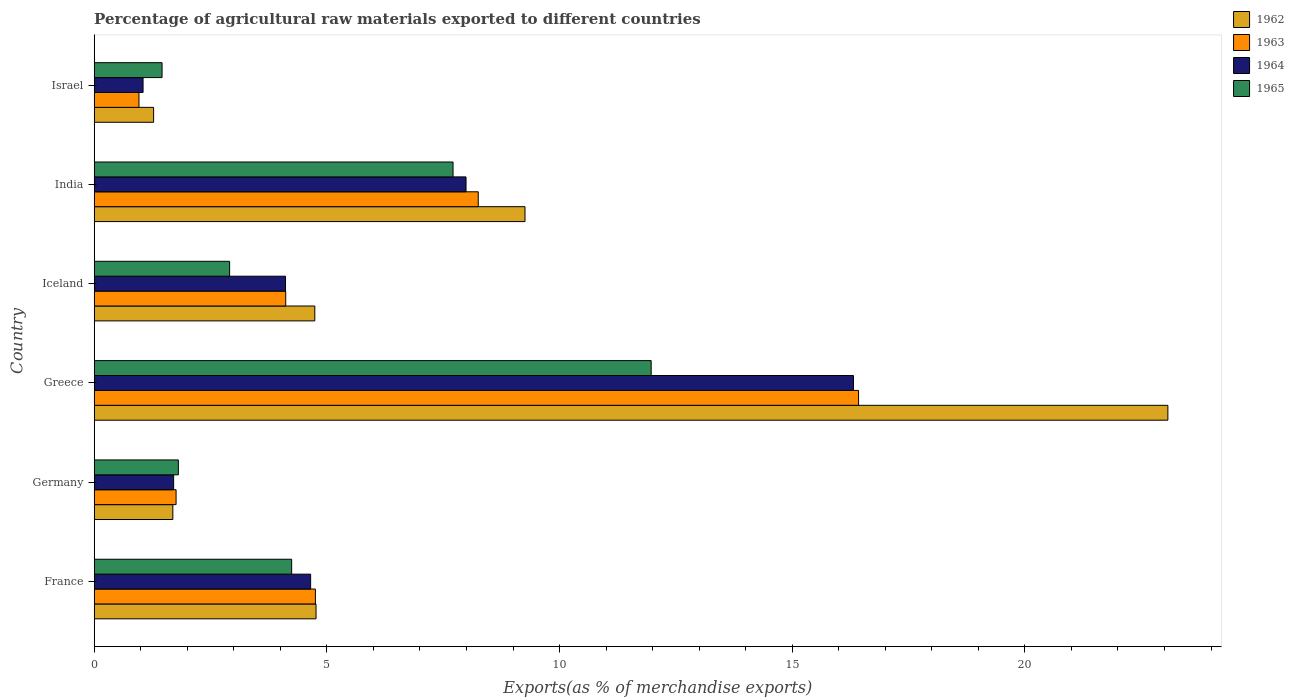
| Country | 1962 | 1963 | 1964 | 1965 |
 | --- | --- | --- | --- | --- |
 | France | 4.77 | 4.75 | 4.65 | 4.24 |
 | Germany | 1.69 | 1.76 | 1.71 | 1.81 |
 | Greece | 23.1 | 16.4 | 16.3 | 12 |
 | Iceland | 4.74 | 4.12 | 4.11 | 2.91 |
 | India | 9.26 | 8.25 | 7.99 | 7.71 |
 | Israel | 1.28 | 0.962 | 1.05 | 1.46 |